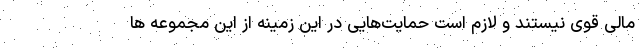
مالی قوی نیستند و لازم است حمایت‌هایی در این زمینه از این مجموعه ها